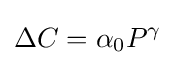
\Delta C=\alpha _{0}P^{\gamma }